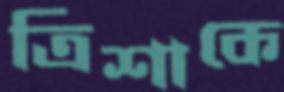
ত্রিশাকে